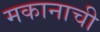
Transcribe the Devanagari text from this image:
मकानाची